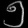
Digit: ၅